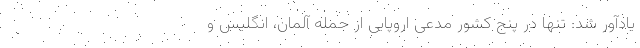
یادآور شد: تنها در پنج کشور مدعی اروپایی از جمله آلمان، انگلیس و